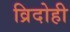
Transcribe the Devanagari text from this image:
व्रिदोही